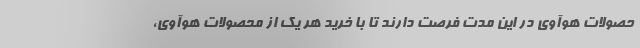
حصولات هوآوی در این مدت فرصت دارند تا با خرید هر یک از محصولات هوآوی،